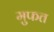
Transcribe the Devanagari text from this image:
मुफत